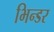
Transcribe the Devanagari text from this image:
भिन्डर